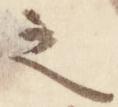
之